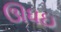
ઊધઇ